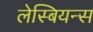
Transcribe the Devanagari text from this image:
लेस्बियन्स